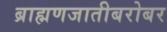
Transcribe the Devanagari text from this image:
ब्राह्मणजातीबरोबर